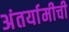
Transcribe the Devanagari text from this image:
अंतर्यामीची